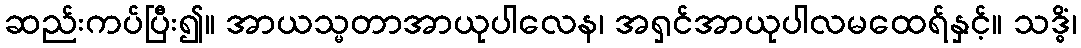
ဆည်းကပ်ပြီး၍။ အာယသ္မတာအာယုပါလေန၊ အရှင်အာယုပါလမထေရ်နှင့်။ သဒ္ဓိံ၊